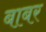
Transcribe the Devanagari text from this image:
बाबर